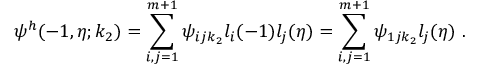
\psi ^ { h } ( - 1 , \eta ; k _ { 2 } ) = \sum _ { i , j = 1 } ^ { m + 1 } { \psi _ { i j k _ { 2 } } l _ { i } ( - 1 ) l _ { j } ( \eta ) } = \sum _ { i , j = 1 } ^ { m + 1 } { \psi _ { 1 j k _ { 2 } } l _ { j } ( \eta ) } \mathrm { ~ . ~ }